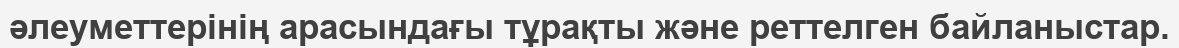
әлеуметтерінің арасындағы тұрақты және реттелген байланыстар.